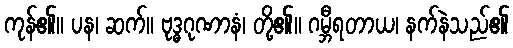
ကုန်၏။ ပန၊ ဆက်။ ဗုဒ္ဓဂုဏာနံ၊ တို့၏။ ဂမ္ဘီရတာယ၊ နက်နဲသည်၏